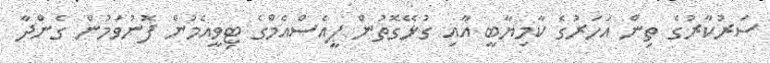
ސަރުކާރުގެ ތިން އަހަރުގެ ކާމިޔާބީ އާއި ގުޅޭގޮތުން ޕީއެސްއެމްގެ ޓިވީއެމުން ފޮނުވަމުން ގެންދާ